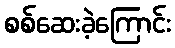
စစ်ဆေးခဲ့ကြောင်း